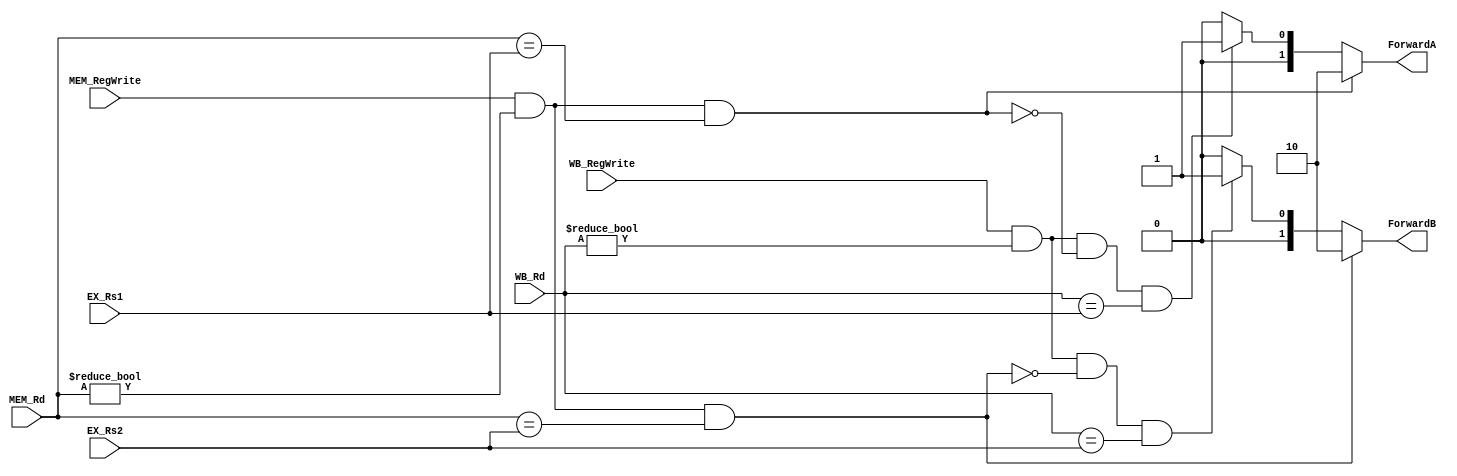
module Forwarding
(
    input  [4:0] EX_Rs1,
    input  [4:0] EX_Rs2,
    input        MEM_RegWrite,
    input  [4:0] MEM_Rd,
    input        WB_RegWrite,
    input  [4:0] WB_Rd,

    output [1:0] ForwardA,
    output [1:0] ForwardB
);

assign ForwardA = MEM_RegWrite && (MEM_Rd != 0) && (MEM_Rd == EX_Rs1) ? 2'b10 :
                  WB_RegWrite  && (WB_Rd  != 0) && ~(MEM_RegWrite && (MEM_Rd != 0) && (MEM_Rd == EX_Rs1)) && (WB_Rd == EX_Rs1) ? 2'b01 :
                  2'b00;

assign ForwardB = MEM_RegWrite && (MEM_Rd != 0) && (MEM_Rd == EX_Rs2) ? 2'b10 :
                  WB_RegWrite  && (WB_Rd  != 0) && ~(MEM_RegWrite && (MEM_Rd != 0) && (MEM_Rd == EX_Rs2)) && (WB_Rd == EX_Rs2) ? 2'b01 :
                  2'b00;

endmodule